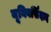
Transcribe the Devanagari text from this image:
यूनिवर्सिदाद